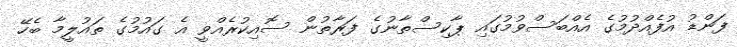
ފަންޑު އުފެއްދުމުގެ އެއްބަސްވުމުގައި ޕާކިސްތާނުގެ ފަރާތުން ސޮއިކުރެއްވީ އެ ގައުމުގެ ތައުލީމާ ބެހޭ